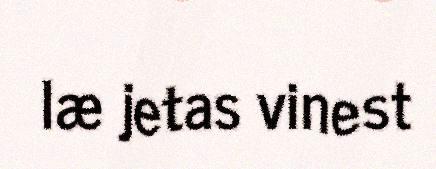
læ jetas vinest